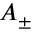
A _ { \pm }